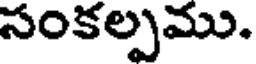
సంకల్పము.